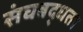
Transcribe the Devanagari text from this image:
संघबद्धता